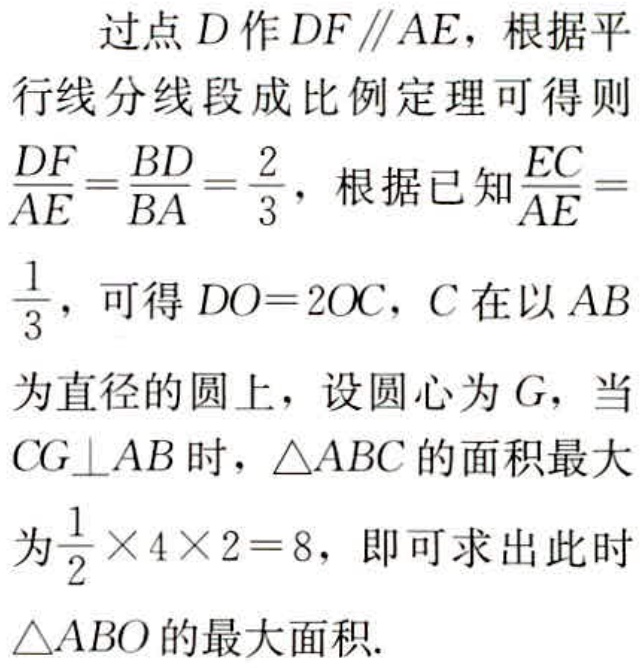
过点\(D\)作\(DF \parallel AE\)，根据平行线分线段成比例定理可得则\(\frac{DF}{AE}=\frac{BD}{BA}=\frac{2}{3}\)，根据已知\(\frac{EC}{AE}=\frac{1}{3}\)，可得\(DO = 2OC\)，\(C\)在以\(AB\)为直径的圆上，设圆心为\(G\)，当\(CG\perp AB\)时，\(\triangle ABC\)的面积最大为\(\frac{1}{2} \times 4\times2 = 8\)，即可求出此时\(\triangle ABO\)的最大面积.